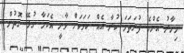
މިހާރު އެންމެ ފުރަތަމަ ކުރާ އެއް ކަމަކަށް ވާނީ އެކަމާ ގުޅޭ ގޮތުން